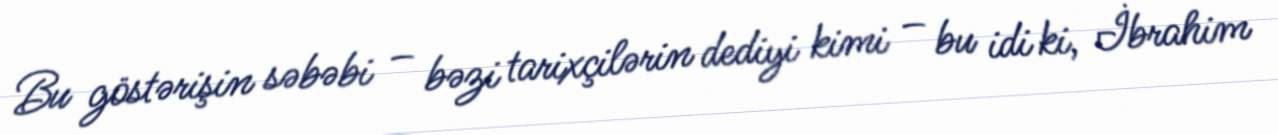
Bu göstərişin səbəbi – bəzi tarixçilərin dediyi kimi – bu idi ki, İbrahim